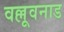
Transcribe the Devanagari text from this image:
वल्लूवनाड